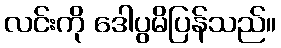
လင်းကို ဒေါပွမိပြန်သည်။